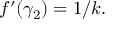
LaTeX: f ^ { \prime } ( \gamma _ { 2 } ) = 1 / k .